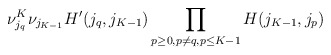
\begin{align*}\nu_{j_{q}}^{K}\nu_{j_{K-1}}H'(j_{q},j_{K-1})\prod_{p\geq 0,p\neq q,\/p\leq K-1}H(j_{K-1},j_{p})\end{align*}